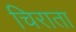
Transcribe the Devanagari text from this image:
चिराता